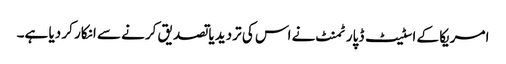
امریکا کے اسٹیٹ ڈپارٹمنٹ نے اس کی تردید یا تصدیق کرنے سے انکار کر دیا ہے۔